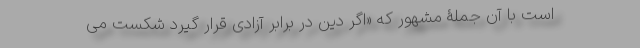
است با آن جملۀ مشهور که «اگر دین در برابر آزادی قرار گیرد شکست می